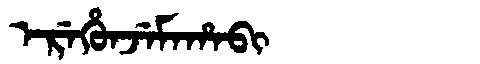
Manchu: ᡝᡵᡝᡥᡠᠨᠵᡝᠮᠠᡥᠠᠪᡳ
Romanization: EREHUNJEMAHABI